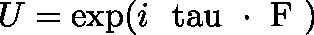
U = \exp ( i \mathrm { \boldmath ~ \ t a u ~ \cdot ~ F ~ } )